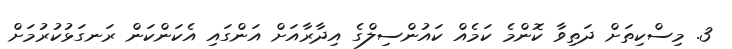
3. މިސްކިތަށް ދަތިވާ ކޮންމެ ކަމެއް ކައުންސިލްގެ އިދާރާއަށް އަންގައި އެކަންކަން ރަނގަޅުކުރުމަށް